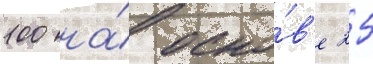
100 на́ осно́в'е 25